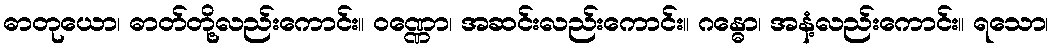
ဓာတုယော၊ ဓာတ်တို့လည်းကောင်း။ ဝဏ္ဏော၊ အဆင်းလည်းကောင်း။ ဂန္ဓော၊ အနံ့လည်းကောင်း။ ရသော၊